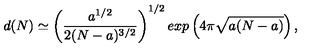
d ( N ) \simeq \left( \frac { a ^ { 1 / 2 } } { 2 ( N - a ) ^ { 3 / 2 } } \right) ^ { 1 / 2 } e x p \left( 4 \pi { \sqrt { a ( N - a ) } } \right) ,